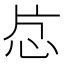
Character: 𬌔